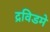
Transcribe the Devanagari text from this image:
द्रविडमे